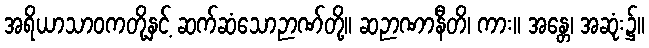
အရိယာသာဝကတို့နှင့် ဆက်ဆံသောဉာဏ်တို့။ ဆဉာဏာနီတိ၊ ကား။ အန္တေ၊ အဆုံး၌။